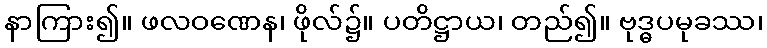
နာကြား၍။ ဖလဝဏေန၊ ဖိုလ်၌။ ပတိဋ္ဌာယ၊ တည်၍။ ဗုဒ္ဓပမုခဿ၊